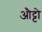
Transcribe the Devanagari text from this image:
औट्टो